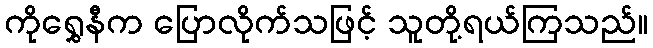
ကိုရွှေနီက ပြောလိုက်သဖြင့် သူတို့ရယ်ကြသည်။